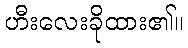
ဟီးလေးခိုထား၏။